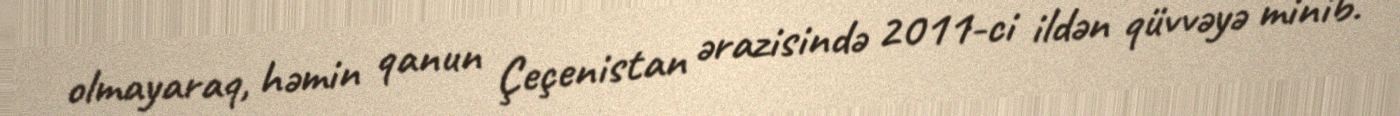
olmayaraq, həmin qanun Çeçenistan ərazisində 2011-ci ildən qüvvəyə minib.